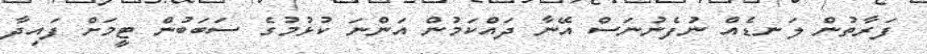
ފަރާތުން ލަނޑެއް ނުފެނުނަސް އޭނާ ދައްކަމުން އަންނަ ކުޅުމުގެ ސަބަބުން ޓީމަށް ފައިދާ